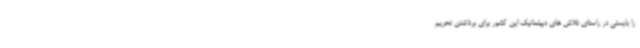
را بایستی در راستای تلاش های دیپلماتیک این کشور برای برداشتن تحریم